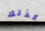
كذلك